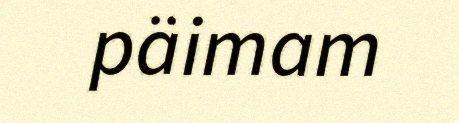
päimam